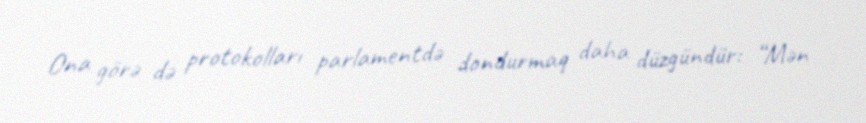
Ona görə də protokolları parlamentdə dondurmaq daha düzgündür: “Mən